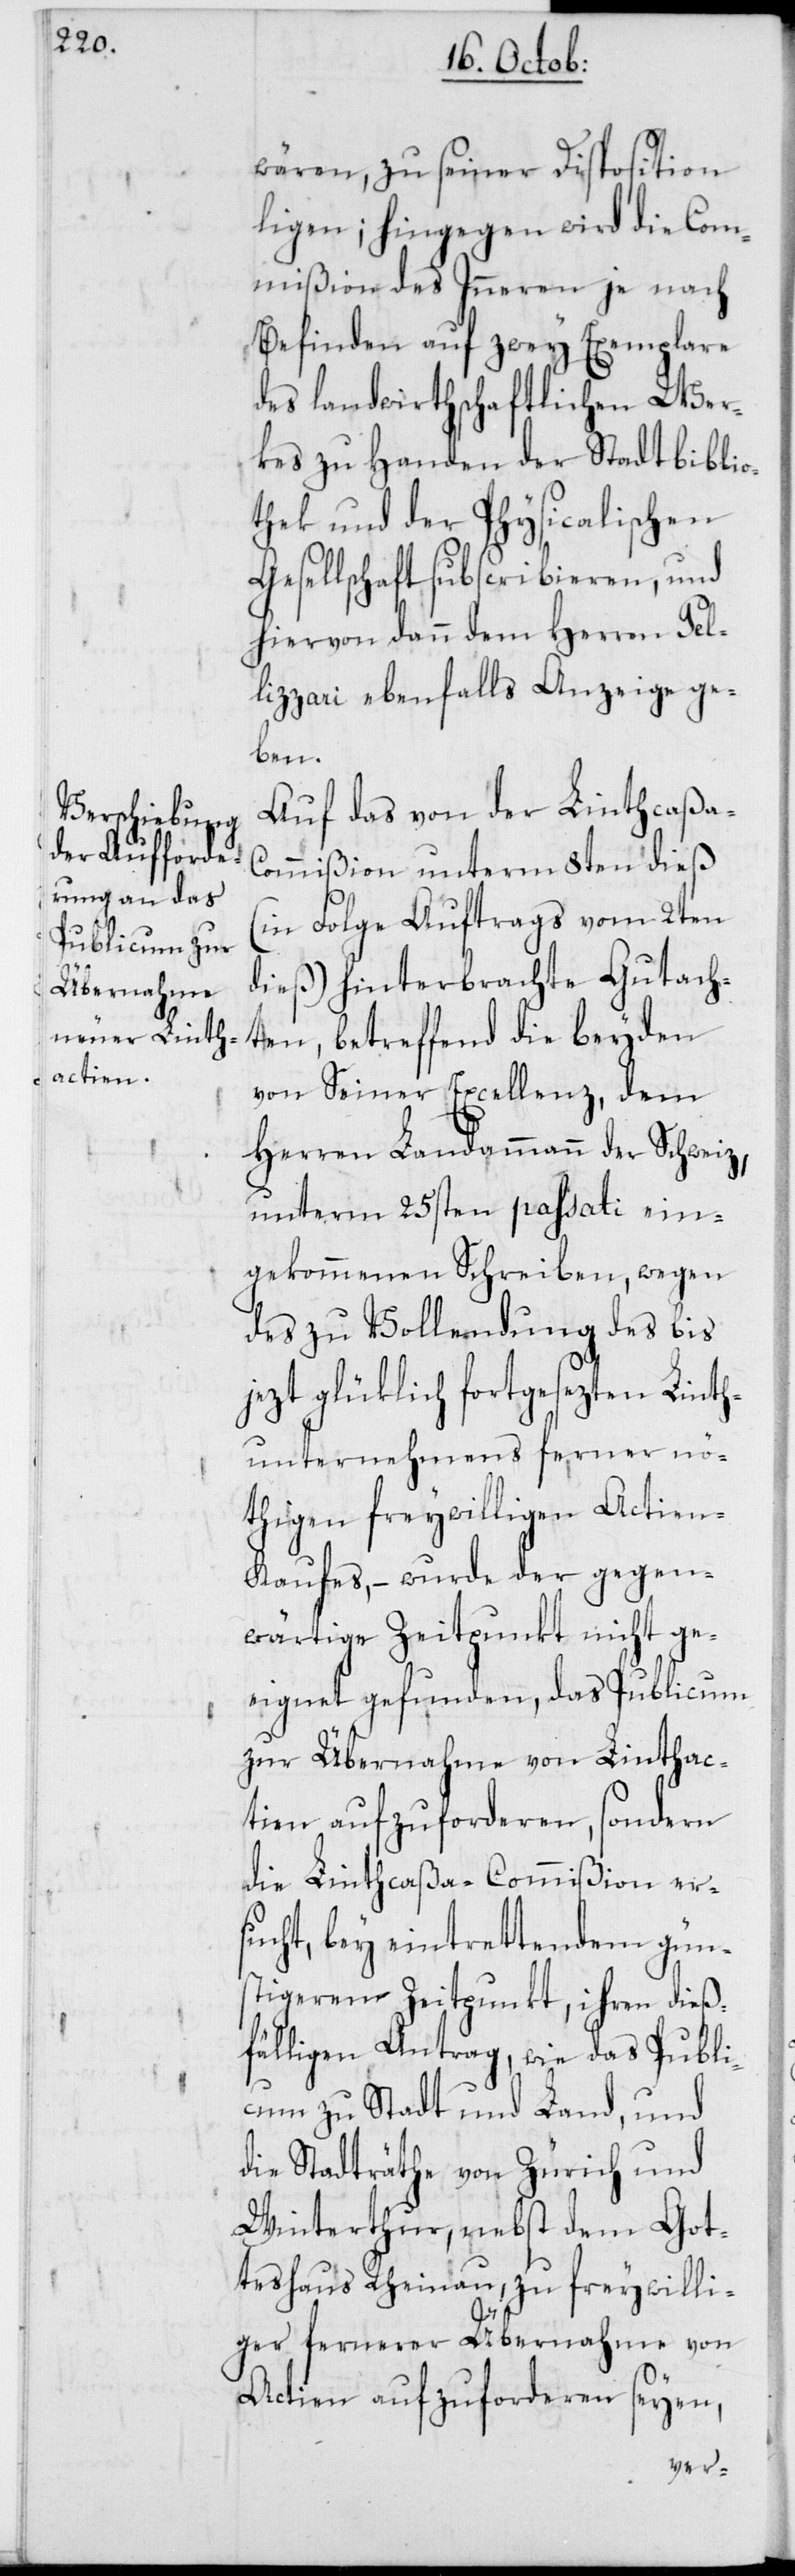
wären, zu seiner Disposition
liegen; hingegen wird die Com¬
mißion des Inneren je nach
Befinden auf zwey Exemplare
des landwirthschaftlichen Wer¬
kes zu Handen der Stadtbiblio¬
thek der Physicalischen
Gesellschaft subscribieren, und
hiervon dann dem Herren Pel¬
lizzari ebenfalls Anzeige ge¬
ben.
Auf das von der Linthcaßa-C¬
ommißion unterm 8ten dieß
(in Folge Auftrags vom 2ten
dieß) hinterbrachte Gutach¬
ten, betreffend die beyden
von Seiner Excellenz, dem
Herren Landammann der Schweiz,
unterm 25sten passati ein¬
gekommenen Schreiben, wegen
des zu Vollendung des bis
jezt glüklich fortgesezten Linth¬
unternehmens ferner nö¬
thigen freywilligen Actien-K¬
aufes, – wurde der gegen¬
wärtige Zeitpunkt nicht ge¬
eignet gefunden, das Publicum
zur Übernahme von Linthac¬
tien aufzuforderen, sondern
die Linthcaßa-Commißion er¬
sucht, bey eintrettendem gün¬
stigerem Zeitpunkt, ihren dieß¬
fälligen Antrag, wie das Publi¬
cum zu Stadt und Land, und
die Stadträthe von Zürich und
Winterthur, nebst dem Got¬
teshaus Rheinau, zu freywilli¬
ger fernerer Übernahme von
Actien aufzuforderen seeyn,